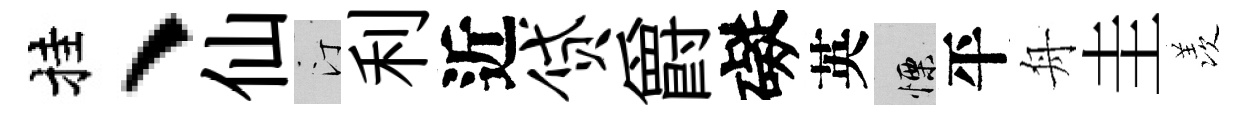
挂、仙汀利近贷爵礙英慄平舟圭羡